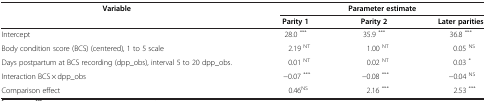
<table><thead><tr><td><b>Variable</b></td><td colspan="3"><b>Parameter estimate</b></td></tr><tr><td>[EMPTY_CELL]</td><td><b>Parity 1</b></td><td><b>Parity 2</b></td><td><b>Later parities</b></td></tr></thead><tbody><tr><td>Intercept</td><td>28.0 <sup>***</sup></td><td>35.9 <sup>***</sup></td><td>36.8 <sup>***</sup></td></tr><tr><td>Body condition score (BCS) (centered), 1 to 5 scale</td><td>2.19 <sup>NT</sup></td><td>1.00 <sup>NT</sup></td><td>0.05 <sup>NS</sup></td></tr><tr><td>Days postpartum at BCS recording (dpp_obs), interval 5 to 20 dpp_obs.</td><td>0.01 <sup>NT</sup></td><td>0.02 <sup>NT</sup></td><td>0.03 <sup>*</sup></td></tr><tr><td>Interaction BCS × dpp_obs</td><td>−0.07 <sup>***</sup></td><td>−0.08 <sup>***</sup></td><td>−0.04 <sup>NS</sup></td></tr><tr><td>Comparison effect</td><td>0.46<sup>NS</sup></td><td>2.16 <sup>***</sup></td><td>2.53 <sup>***</sup></td></tr></tbody></table>